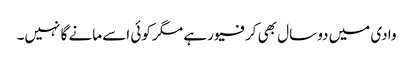
وادی میں دوسال بھی کرفیو رہے مگر کوئی اسے مانے گا نہیں۔